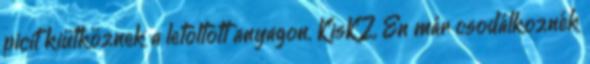
picit kiütköznek a letöltött anyagon. KisKZ, Én már csodálkoznék